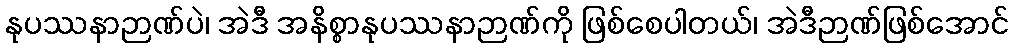
နုပဿနာဉာဏ်ပဲ၊ အဲဒီ အနိစ္စာနုပဿနာဉာဏ်ကို ဖြစ်စေပါတယ်၊ အဲဒီဉာဏ်ဖြစ်အောင်